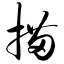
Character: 描